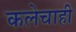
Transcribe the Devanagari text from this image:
कलेचाही